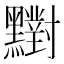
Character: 𪒶